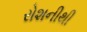
રોશનીથી